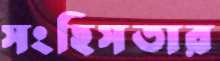
সংহিসতার